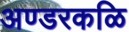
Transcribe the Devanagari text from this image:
अण्डरकळि